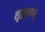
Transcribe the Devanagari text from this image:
शृङ्गवान्